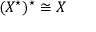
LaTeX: ( X ^ { \star } ) ^ { \star } \cong X